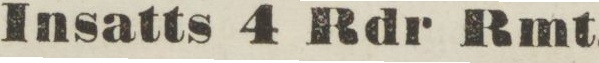
Insatts 4 Rdr Rmt.